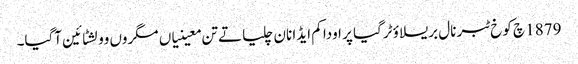
1879 چ کوخ ٹبر نال بریسلاؤ ٹرگیا پر اودا کم ایڈا نان چلیا تے تن معینیاں مگروں وولشٹائین آگیا۔